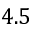
4 . 5